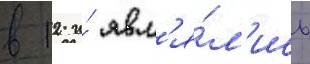
в 12 и́ явл'я́л'ись